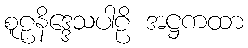
စူဠနိဒ္ဒေသပါဠိ အဋ္ဌကထာ